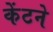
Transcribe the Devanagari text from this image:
केंटने